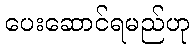
ပေးဆောင်ရမည်ဟု